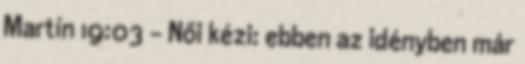
Martín 19:03 - Női kézi: ebben az idényben már